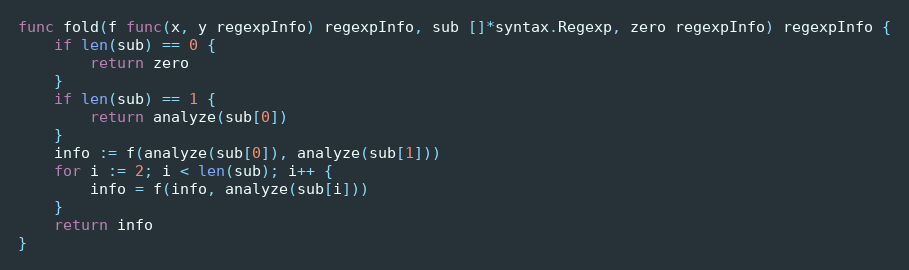
Language: Go
func fold(f func(x, y regexpInfo) regexpInfo, sub []*syntax.Regexp, zero regexpInfo) regexpInfo {
	if len(sub) == 0 {
		return zero
	}
	if len(sub) == 1 {
		return analyze(sub[0])
	}
	info := f(analyze(sub[0]), analyze(sub[1]))
	for i := 2; i < len(sub); i++ {
		info = f(info, analyze(sub[i]))
	}
	return info
}